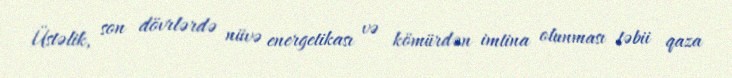
Üstəlik, son dövrlərdə nüvə energetikası və kömürdən imtina olunması təbii qaza